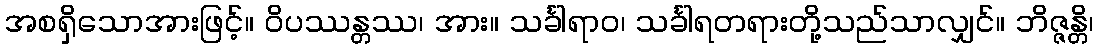
အစရှိသောအားဖြင့်။ ဝိပဿန္တဿ၊ အား။ သင်္ခါရာဝ၊ သင်္ခါရတရားတို့သည်သာလျှင်။ ဘိဇ္ဇန္တိ၊